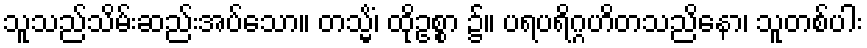
သူသည်သိမ်းဆည်းအပ်သော။ တသ္မိံ၊ ထိုဥစ္စာ ၌။ ပရပရိဂ္ဂဟိတသညိနော၊ သူတစ်ပါး